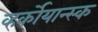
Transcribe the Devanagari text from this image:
व्हर्कोयान्स्क